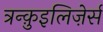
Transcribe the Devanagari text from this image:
त्रन्क़ुइलिज़ेर्स